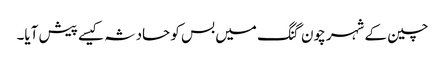
چین کے شہر چون گنگ میں بس کو حادثہ کیسے پیش آیا۔